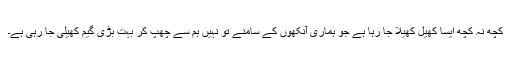
کچھ نہ کچھ ایسا کھیل کھیلا جا رہا ہے جو ہماری آنکھوں کے سامنے تو نہیں ہم سے چھپ کر بہت بڑی گیم کھیلی جا رہی ہے۔